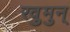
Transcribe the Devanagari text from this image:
रवुुमुन्